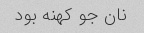
نان جو کهنه بود